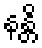
နန္တိ